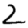
Digit: 2